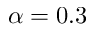
\alpha = 0 . 3